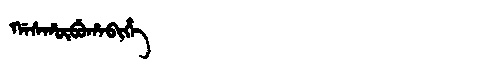
Manchu: ᡤᠠᠰᡥᡡᠪᡠᡥᠠᠪᡳᡥᡝ
Romanization: GASHŪBUHABIHE